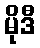
မိုဒီ